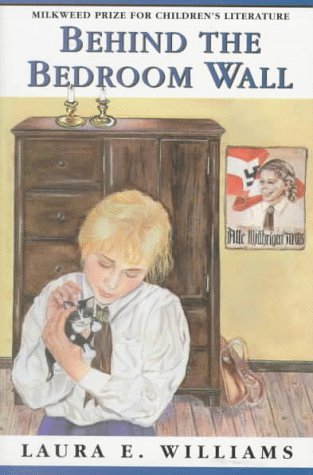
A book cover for Behind the Bedroom Wall; Laura E. Williams; Teen & Young Adult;